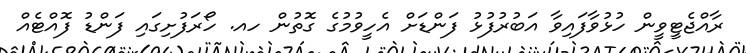
ރާއްޖެޓީވީން ހުޅުވާފައިވާ އަބުރުފުޅު ފަންޑަށް އެހީވުމުގެ ގޮތުން ހއ. ހޯރަފުށިގައި ފަންޑު ފޮއްޓެއް